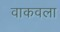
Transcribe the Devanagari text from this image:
वाकवला